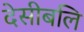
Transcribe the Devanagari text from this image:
देसीबलि